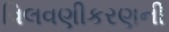
વિલવણીકરણની